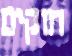
חוקים